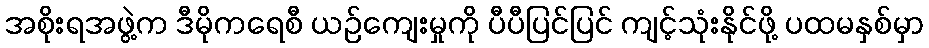
အစိုးရအဖွဲ့က ဒီမိုကရေစီ ယဉ်ကျေးမှုကို ပီပီပြင်ပြင် ကျင့်သုံးနိုင်ဖို့ ပထမနှစ်မှာ